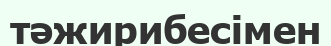
тәжирибесімен